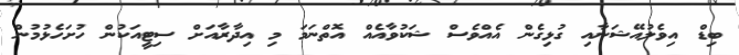
ބިޑް އިވެލުއޭޝަނާއި ގުޅިގެން އެއްވެސް ޝަކުވާއެއް އޮތްނަމަ މި އިދާރާއަށް ސިޓީއަކުން ހުށަހެޅުމުން